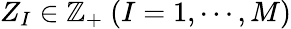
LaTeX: Z_{I}\in\mathbb{Z}_{+}~(I=1,\cdots,M)